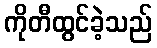
ကိုတီထွင်ခဲ့သည်